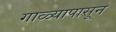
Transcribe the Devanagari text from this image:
गाळ्यापासून